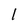
Character: 1